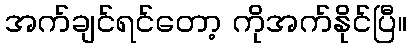
အက်ချင်ရင်တော့ ကိုအက်နိုင်ပြီ။